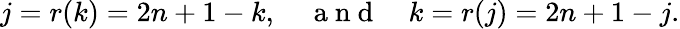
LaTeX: j=r(k)=2n+1-k,\quad\mathrm{~a~n~d~}\quad k=r(j)=2n+1-j.